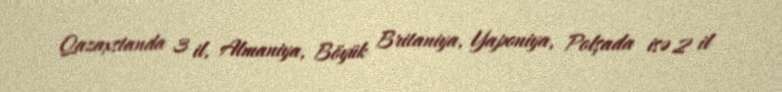
Qazaxstanda 3 il, Almaniya, Böyük Britaniya, Yaponiya, Polşada isə 2 il